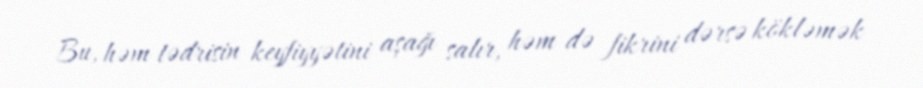
Bu, həm tədrisin keyfiyyətini aşağı salır, həm də fikrini dərsə kökləmək